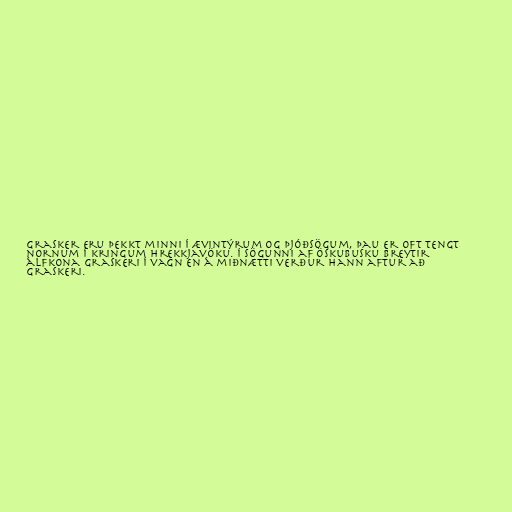
Grasker eru þekkt minni í ævintýrum og þjóðsögum, þau er oft tengt
nornum í kringum hrekkjavöku. Í sögunni af Öskubusku breytir
álfkona graskeri í vagn en á miðnætti verður hann aftur að
graskeri.